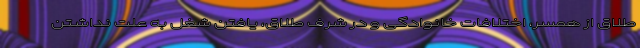
طلاق از همسر، اختلافات خانوادگی و در شرف طلاق، یافتن شغل به علت نداشتن